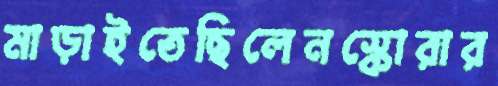
মাড়াইতেছিলেনস্কোরার